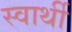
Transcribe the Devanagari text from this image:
स्‍वार्थी